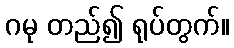
ဂမု တည်၍ ရုပ်တွက်။